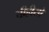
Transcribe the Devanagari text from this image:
चीहीसो